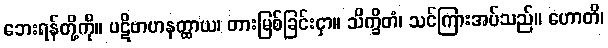
ဘေးရန်တို့ကို။ ပဋိဗာဟနတ္ထာယ၊ တားမြစ်ခြင်းငှာ။ သိက္ခိတံ၊ သင်ကြားအပ်သည်။ ဟောတိ၊